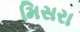
મિસરા